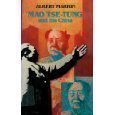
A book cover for Mao Tse-Tung and His China; Albert Marrin; Biographies & Memoirs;